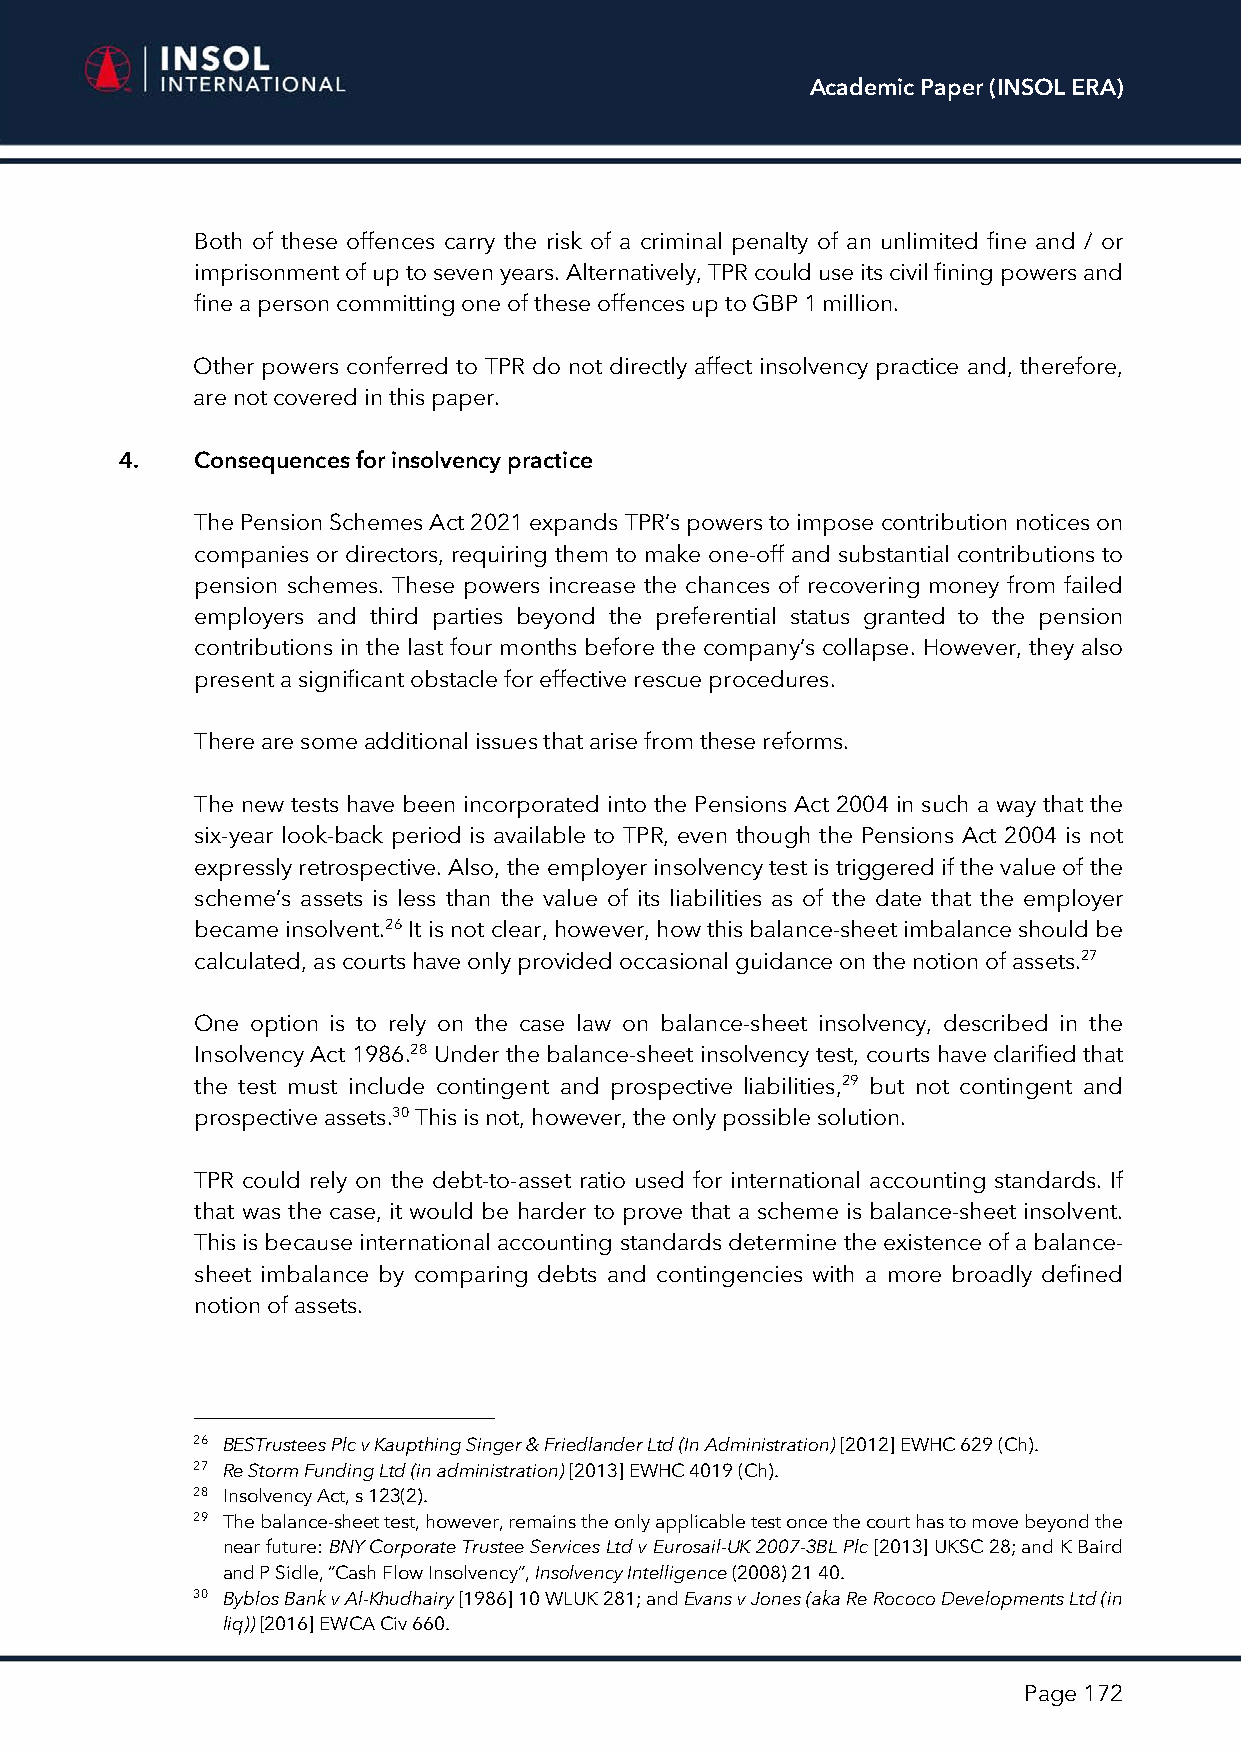
Academic Paper (INSOL ERA)
 Both of these offences carry the risk of a criminal penalty of an unlimited fine and / or
 imprisonment of up to seven years. Alternatively, TPR could use its civil fining powers and
 fine a person committing one of these offences up to GBP 1 million.
 Other powers conferred to TPR do not directly affect insolvency practice and, therefore,
 are not covered in this paper.
 4.   Consequences for insolvency practice
 The Pension Schemes Act 2021 expands TPR’s powers to impose contribution notices on
 companies or directors, requiring them to make one-off and substantial contributions to
 pension schemes. These powers increase the chances of recovering money from failed
 employers and third parties beyond the preferential status granted to the pension
 contributions in the last four months before the company’s collapse. However, they also
 present a significant obstacle for effective rescue procedures.
 There are some additional issues that arise from these reforms.
 The new tests have been incorporated into the Pensions Act 2004 in such a way that the
 six-year look-back period is available to TPR, even though the Pensions Act 2004 is not
 expressly retrospective. Also, the employer insolvency test is triggered if the value of the
 scheme’s assets is less than the value of its liabilities as of the date that the employer
 became insolvent.26 It is not clear, however, how this balance-sheet imbalance should be
 calculated, as courts have only provided occasional guidance on the notion of assets.27
 One option is to rely on the case law on balance-sheet insolvency, described in the
 Insolvency Act 1986.28 Under the balance-sheet insolvency test, courts have clarified that
 the test must include contingent and prospective liabilities,29 but not contingent and
 prospective assets.30 This is not, however, the only possible solution.
 TPR could rely on the debt-to-asset ratio used for international accounting standards. If
 that was the case, it would be harder to prove that a scheme is balance-sheet insolvent.
 This is because international accounting standards determine the existence of a balance-
 sheet imbalance by comparing debts and contingencies with a more broadly defined
 notion of assets.
 26 BESTrustees Plc v Kaupthing Singer & Friedlander Ltd (In Administration) [2012] EWHC 629 (Ch).
 27 Re Storm Funding Ltd (in administration) [2013] EWHC 4019 (Ch).
 28 Insolvency Act, s 123(2).
 29 The balance-sheet test, however, remains the only applicable test once the court has to move beyond the
 near future: BNY Corporate Trustee Services Ltd v Eurosail-UK 2007-3BL Plc [2013] UKSC 28; and K Baird
 and P Sidle, “Cash Flow Insolvency”, Insolvency Intelligence (2008) 21 40.
 30 Byblos Bank v Al-Khudhairy [1986] 10 WLUK 281; and Evans v Jones (aka Re Rococo Developments Ltd (in
 liq)) [2016] EWCA Civ 660.
 Page 172